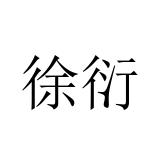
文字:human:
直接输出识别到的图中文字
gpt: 徐衍